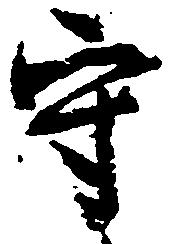
守